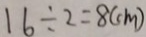
1 6 \div 2 = 8 ( c m )